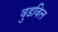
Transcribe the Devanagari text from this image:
वुडविल